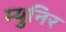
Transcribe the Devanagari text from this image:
म्युनिर